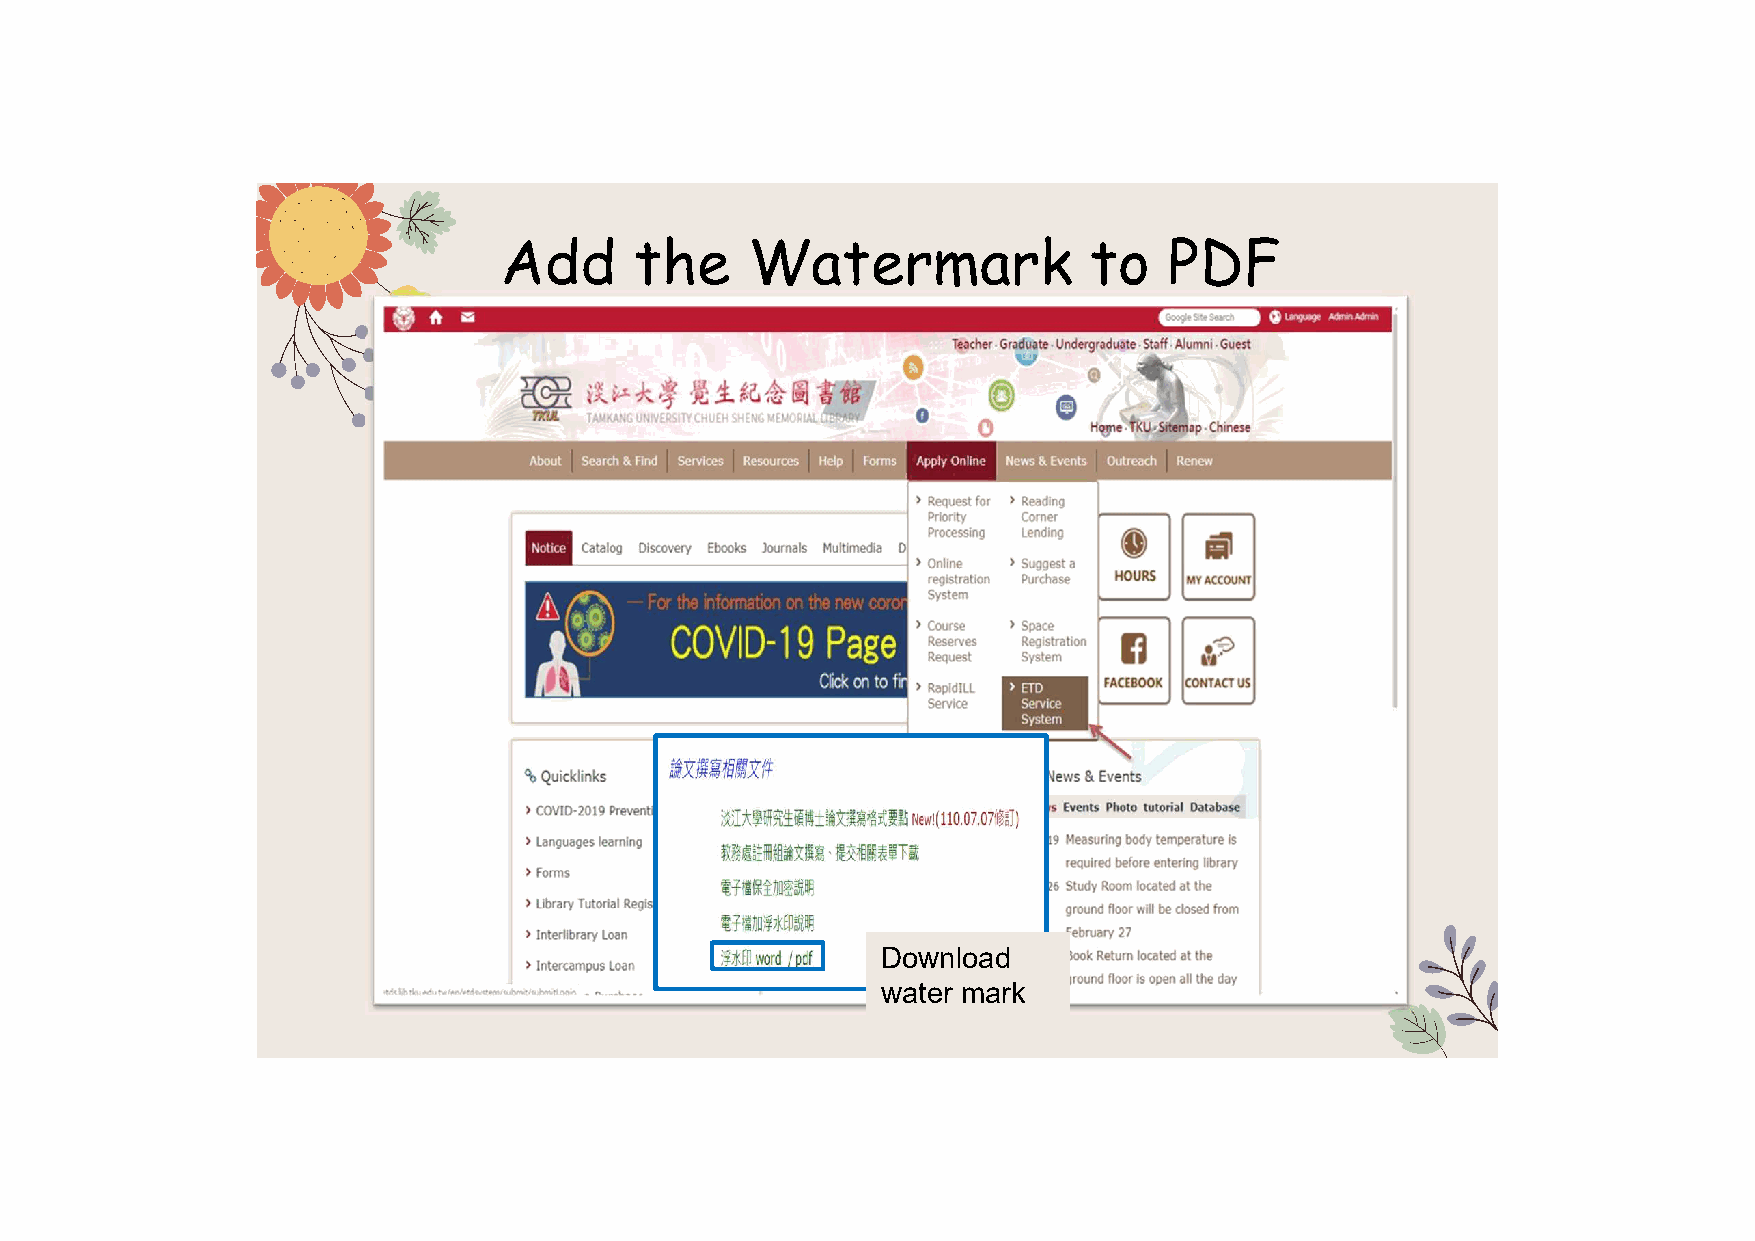
Add      the     Watermark             to   PDF
 Download
 water mark